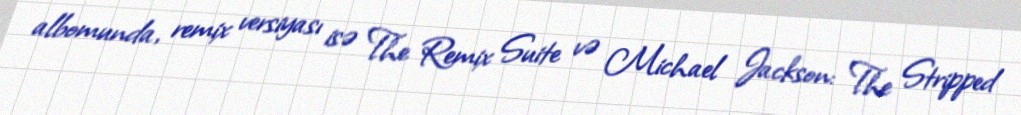
albomunda, remix versiyası isə The Remix Suite və Michael Jackson: The Stripped